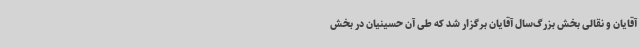
آقایان و نقالی بخش بزرگ‌سال آقایان برگزار شد که طی آن حسینیان در بخش